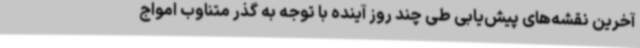
آخرین نقشه‌های پیش‌یابی طی چند روز آینده با توجه به گذر متناوب امواج